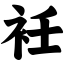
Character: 衽